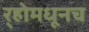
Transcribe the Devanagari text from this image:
र्‍होमधूनच